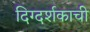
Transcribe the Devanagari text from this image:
दिग्दर्शकाची